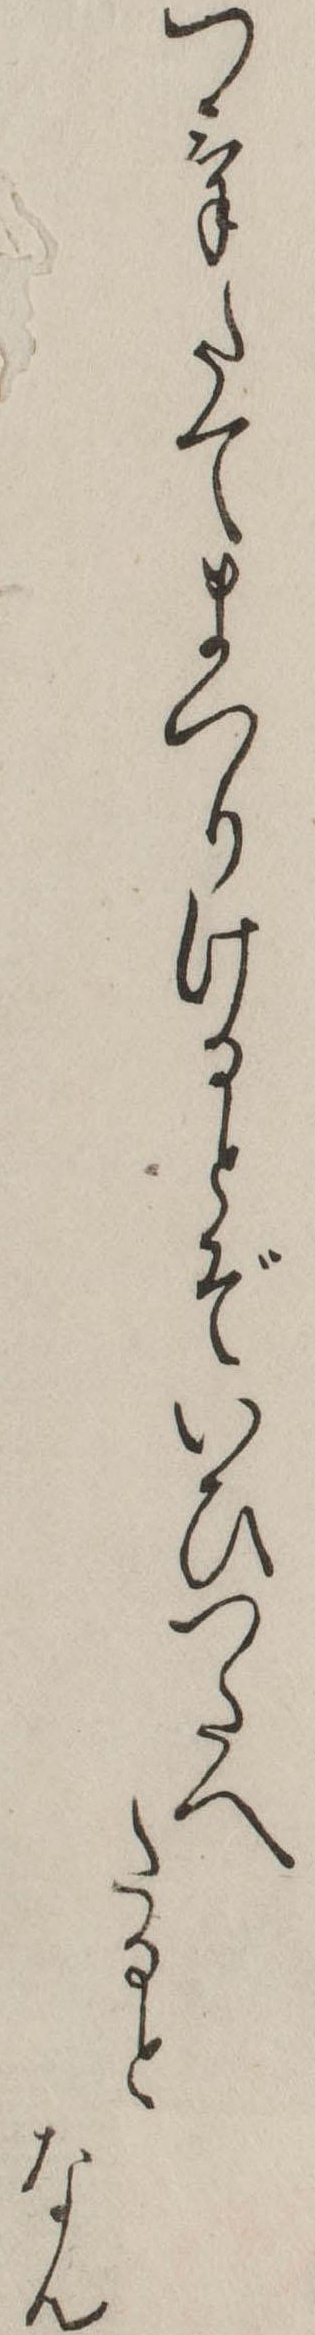
つけたてまつりけるとぞいひつたへたるとなん